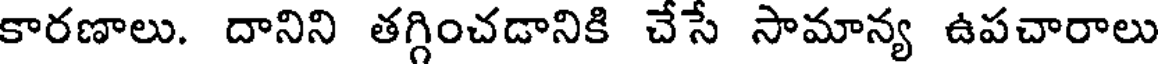
కారణాలు. దానిని తగ్గించడానికి చేసే సామాన్య ఉపచారాలు